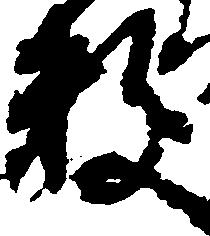
数